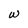
Character: w